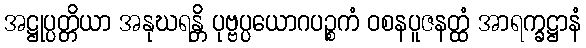
အဋ္ဌုပ္ပတ္တိယာ အနုဃရန္တိ ပုဗ္ဗပ္ပယောဂပဉ္စကံ ဝစနပူဇနတ္ထံ အာရက္ခဋ္ဌာနံ